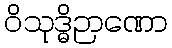
ဝိသုဒ္ဓိဉာဏော